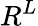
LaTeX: R^{L}